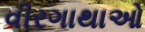
વીરગાથાઓ